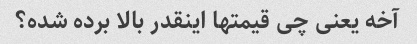
آخه یعنی چی قیمتها اینقدر بالا برده شده؟